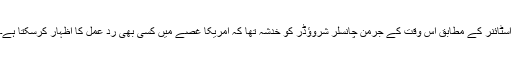
اسٹائنر کے مطابق اس وقت کے جرمن چانسلر شروؤڈر کو خدشہ تھا کہ امریکا غصے میں کسی بھی ردِ عمل کا اظہار کرسکتا ہے۔